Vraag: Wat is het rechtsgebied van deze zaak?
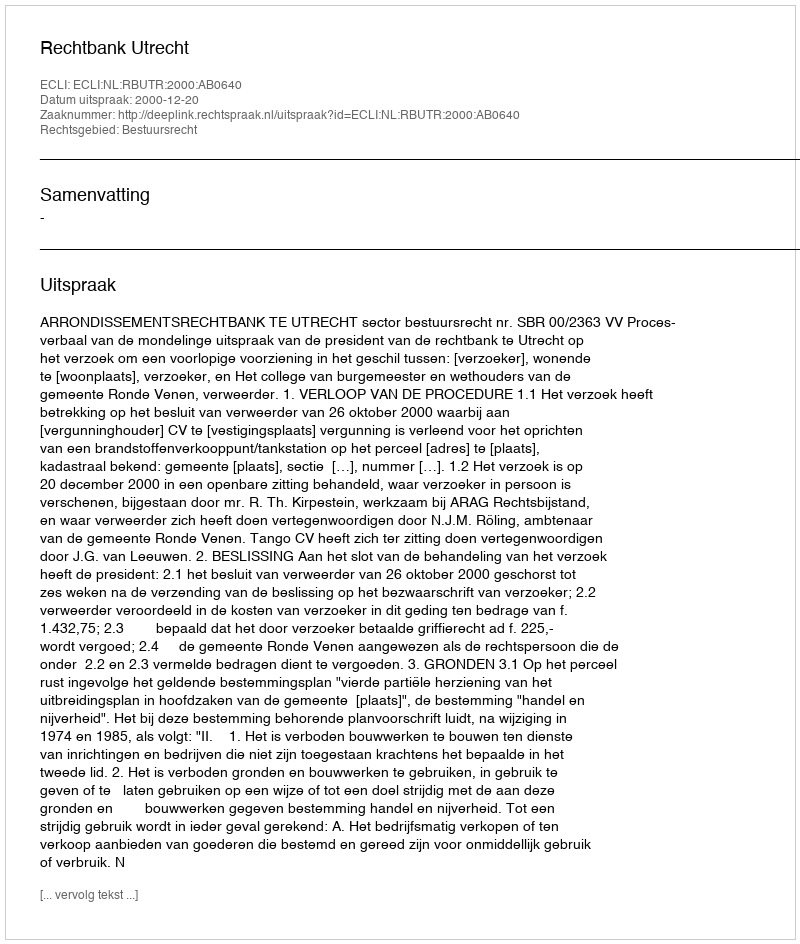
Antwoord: Bestuursrecht